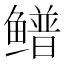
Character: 𬶴